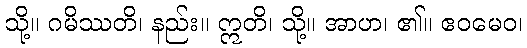
သို့။ ဂမိဿတိ၊ နည်း။ ဣတိ၊ သို့။ အာဟ၊ ၏။ ဧဝမေဝ၊